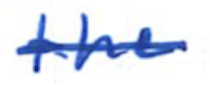
Text: the
Cross-out: mix
Writing tool: ballpoint